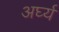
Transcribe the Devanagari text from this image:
अर्घ्य